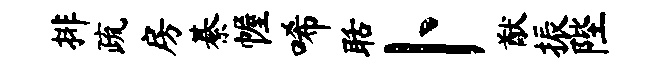
排疏房綦幄唏聒卜猷振陛